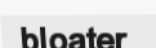
bloater